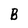
Character: B